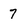
Character: 7